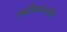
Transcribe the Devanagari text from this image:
जबकिकमज़ोर